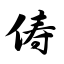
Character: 俦